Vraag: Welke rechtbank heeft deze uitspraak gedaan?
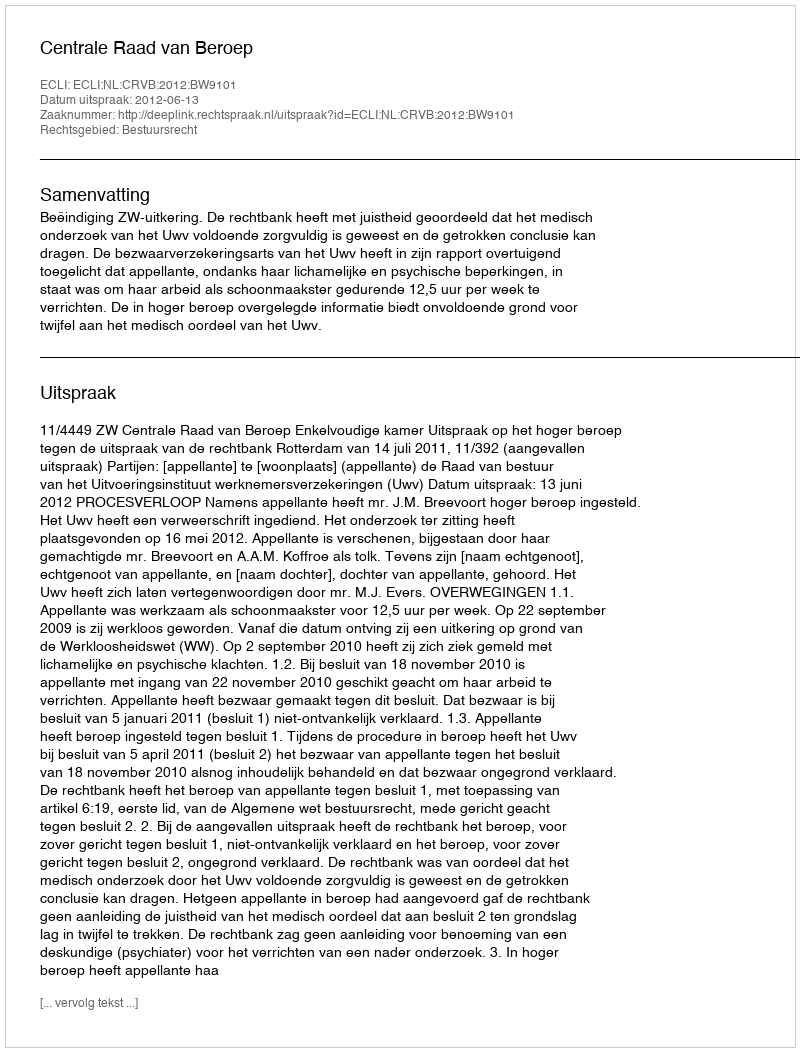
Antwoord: Centrale Raad van Beroep